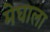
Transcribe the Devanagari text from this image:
मेघाला